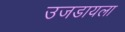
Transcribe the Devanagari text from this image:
उजडायला